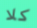
كلا